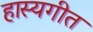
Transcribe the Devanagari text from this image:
हास्यगीत